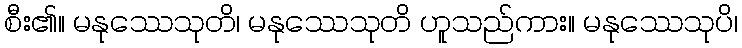
စီး၏။ မနုဿေသုတိ၊ မနုဿေသုတိ ဟူသည်ကား။ မနုဿေသုပိ၊